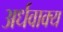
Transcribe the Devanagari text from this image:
अर्धवाक्य